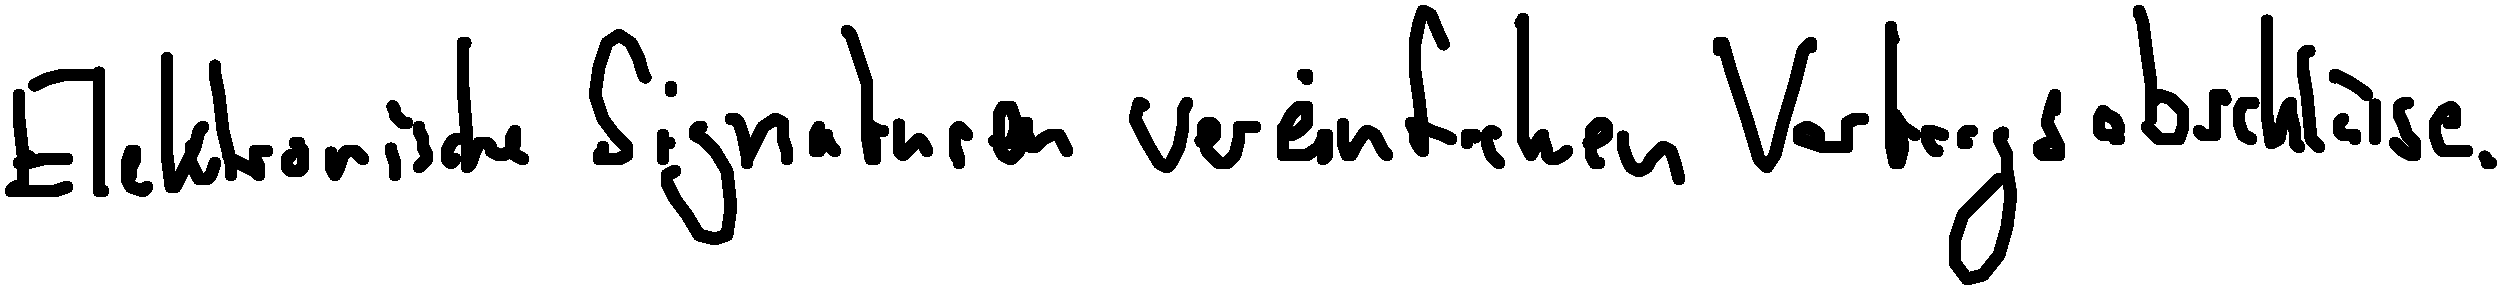
Elektronische Signaturen vereinfachen Vertragsabschlüsse.